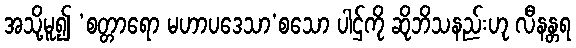
အသို့မူ၍ ‘စတ္တာရော မဟာပဒေသာ’စသော ပါဌ်ကို ဆိုဘိသနည်းဟု လီနန္တရ